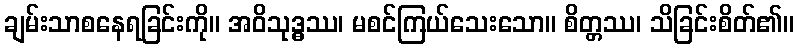
ချမ်းသာစနေရခြင်းကို။ အဝိသုဒ္ဓဿ၊ မစင်ကြယ်သေးသော။ စိတ္တဿ၊ သိခြင်းစိတ်၏။